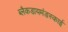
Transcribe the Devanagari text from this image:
ब्लैकडायमंडस्काई